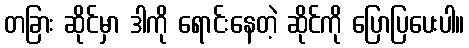
တခြား ဆိုင်မှာ ဒါကို ရောင်းနေတဲ့ ဆိုင်ကို ပြောပြပေးပါ။